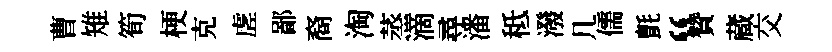
曹雉筍梗克虗鄙裔淘蒸滴尋潘秪潑几儒氈“贊蔵交